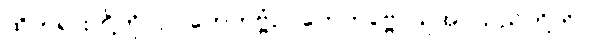
ထိုတရားတို့ကို။ ဥဂ္ဂဟေတဗ္ဗံဥဂ္ဂဟေတဗ္ဗေ၊ ယူအပ်သည်တို့ကို။